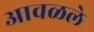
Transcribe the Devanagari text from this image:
आवळले